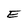
Character: E